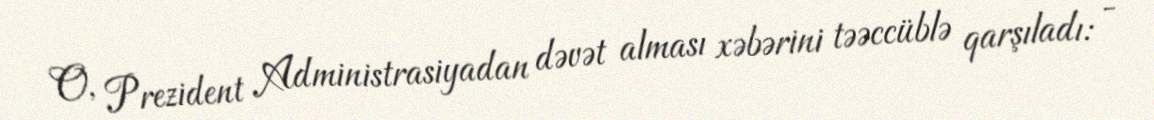
O, Prezident Administrasiyadan dəvət alması xəbərini təəccüblə qarşıladı: -